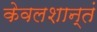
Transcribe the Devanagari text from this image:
केवलशान्तं